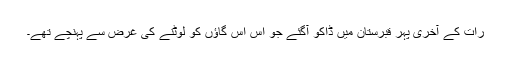
رات کے آخری پہر قبرستان میں ڈاکو آگئے جو اس اس گاؤں کو لوٹنے کی غرض سے پہنچے تھے۔